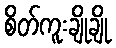
စိတ်ကူးချိုချို